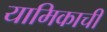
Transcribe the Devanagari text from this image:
यामिकाची